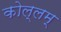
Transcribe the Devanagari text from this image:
कोल्लम्